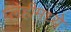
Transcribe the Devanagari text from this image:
प्लेहीमध्ये